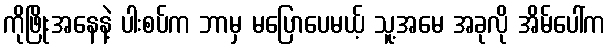
ကိုဖြိုးအနေနဲ့ ပါးစပ်က ဘာမှ မပြောပေမယ့် သူ့အမေ အခုလို အိမ်ပေါ်က